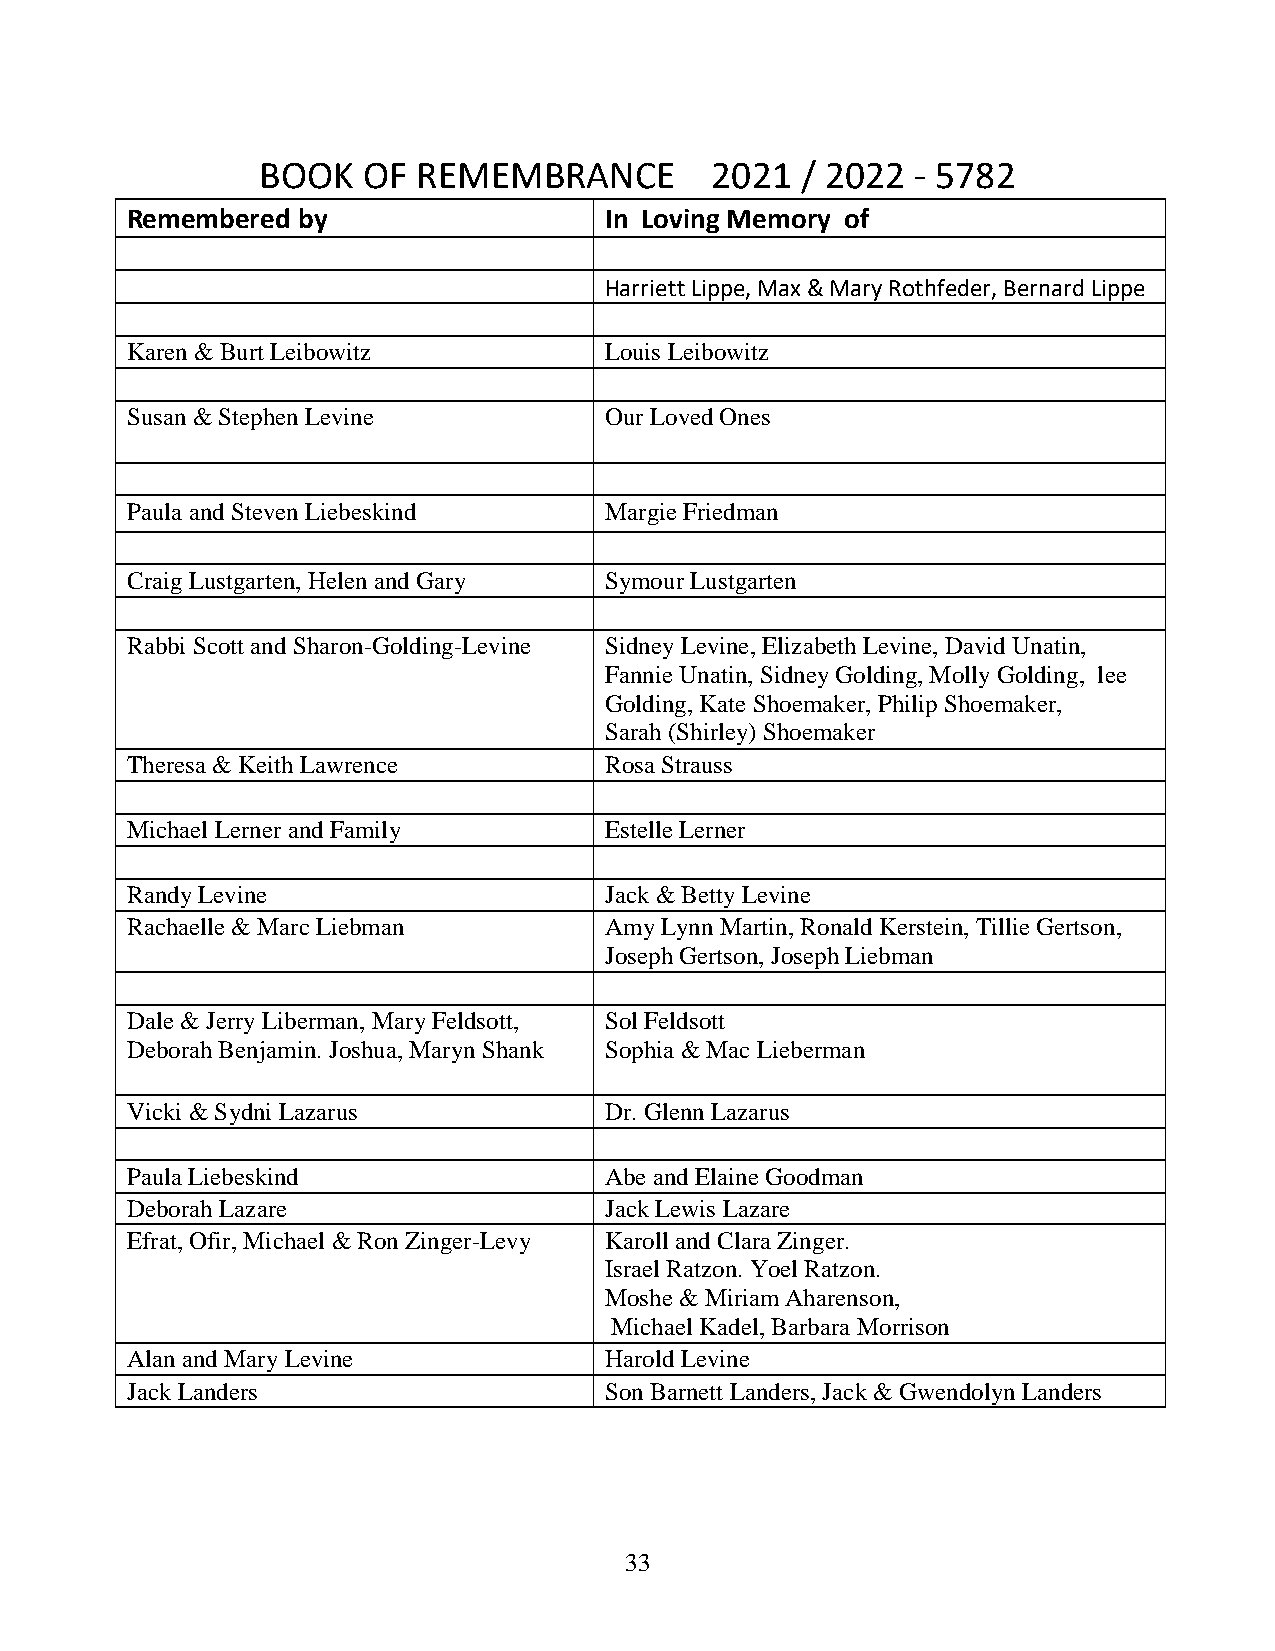
BOOK   OF  REMEMBRANCE        2021  / 2022  - 5782
 Remembered  by                  In Loving Memory of
 Harriett Lippe, Max & Mary Rothfeder, Bernard Lippe
 Karen & Burt Leibowitz          Louis Leibowitz
 Susan & Stephen Levine          Our Loved Ones
 Paula and Steven Liebeskind     Margie Friedman
 Craig Lustgarten, Helen and Gary Symour Lustgarten
 Rabbi Scott and Sharon-Golding-Levine Sidney Levine, Elizabeth Levine, David Unatin,
 Fannie Unatin, Sidney Golding, Molly Golding, lee
 Golding, Kate Shoemaker, Philip Shoemaker,
 Sarah (Shirley) Shoemaker
 Theresa & Keith Lawrence        Rosa Strauss
 Michael Lerner and Family       Estelle Lerner
 Randy Levine                    Jack & Betty Levine
 Rachaelle & Marc Liebman        Amy Lynn Martin, Ronald Kerstein, Tillie Gertson,
 Joseph Gertson, Joseph Liebman
 Dale & Jerry Liberman, Mary Feldsott, Sol Feldsott
 Deborah Benjamin. Joshua, Maryn Shank Sophia & Mac Lieberman
 Vicki & Sydni Lazarus           Dr. Glenn Lazarus
 Paula Liebeskind                Abe and Elaine Goodman
 Deborah Lazare                  Jack Lewis Lazare
 Efrat, Ofir, Michael & Ron Zinger-Levy Karoll and Clara Zinger.
 Israel Ratzon. Yoel Ratzon.
 Moshe & Miriam Aharenson,
 Michael Kadel, Barbara Morrison
 Alan and Mary Levine            Harold Levine
 Jack Landers                    Son Barnett Landers, Jack & Gwendolyn Landers
 33